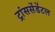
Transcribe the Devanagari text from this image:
ट्रांससेंडेंटल